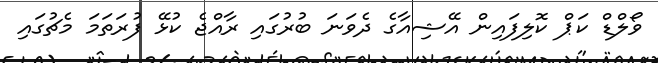
ވޯލްޑް ކަޕް ކޮލިފައިން އޭޝިއާގެ ދެވަނަ ބުރުގައި ރާއްޖެ ކުޅޭ ފުރަތަމަ މެޗުގައި